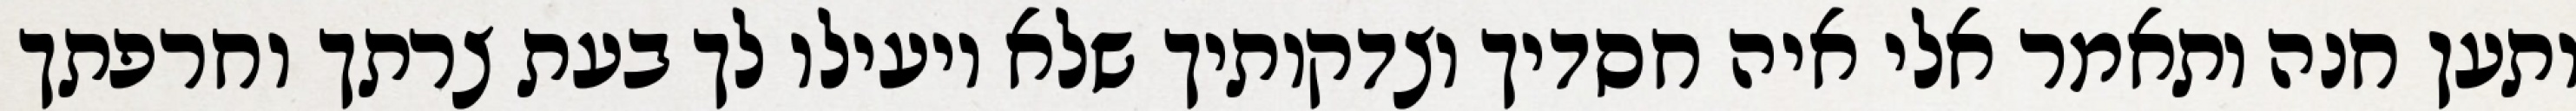
ותען חנה ותאמר אלי איה חסדיך וצדקותיך שלא יועילו לך בעת צרתך וחרפתך